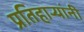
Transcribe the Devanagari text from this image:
प्रतिहार्‍यांनी